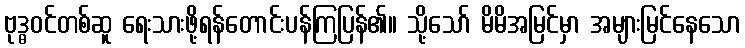
ဗုဒ္ဓဝင်တစ်ဆူ ရေးသားဖို့ရန်တောင်းပန်ကြပြန်၏။ သို့သော် မိမိအမြင်မှာ အများမြင်နေသော